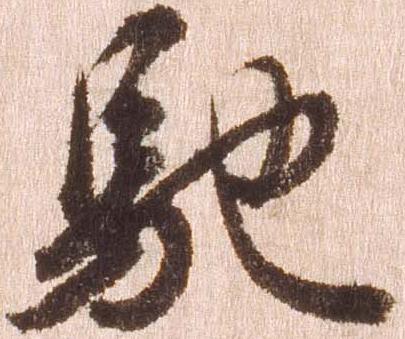
馳